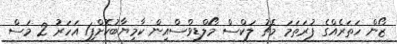
ޒޯން ހަތަރެއްގެ ފުރަތަމަ މެޗު ލަކްސް މޯލްޑިވްސްއިން ކާމިޔާބުކޮށްފި1 އަހަރު 2 މަސް